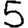
Digit: 5